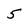
Character: 5